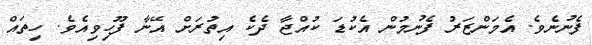
ފެނުނެވެ. އެމަންޒަރު ފެނުމުން އެކުޑަ ކުއްޖާ ދެކެ އިތުރަށް އޭނާ ފޫހިވިއެވެ. ހިތައް